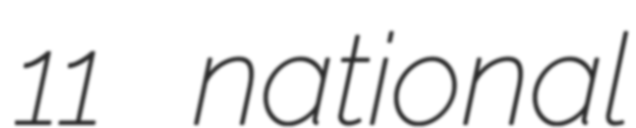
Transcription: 11 national